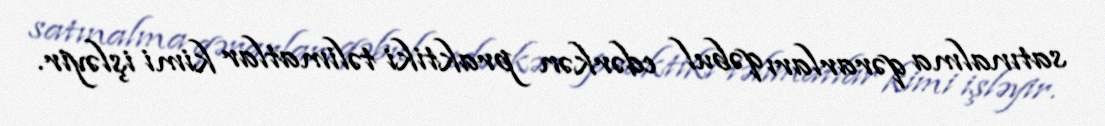
satınalma qərarları qəbul edərkən praktiki təlimatlar kimi işləyir.